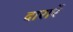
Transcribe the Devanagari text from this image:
दारारें